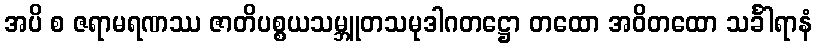
အပိ စ ဇရာမရဏဿ ဇာတိပစ္စယသမ္ဘူတသမုဒါဂတဋ္ဌော တထော အဝိတထော သင်္ခါရာနံ